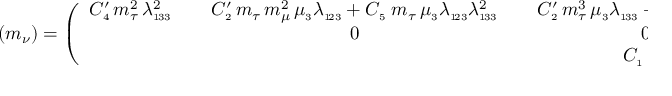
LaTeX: ( m _ { \nu } ) = \left( \begin{array} { c c c } { { C _ { \scriptscriptstyle 4 } ^ { \prime } \, m _ { \tau } ^ { 2 } \, \lambda _ { \scriptscriptstyle 1 \! 3 3 } ^ { 2 } \; \; } } & { { \; \; C _ { \scriptscriptstyle 2 } ^ { \prime } \, m _ { \tau } \, m _ { \mu } ^ { 2 } \, \mu _ { \scriptscriptstyle 3 } \lambda _ { \scriptscriptstyle 1 \! 2 3 } + C _ { \scriptscriptstyle 5 } \; m _ { \tau } \, \mu _ { \scriptscriptstyle 3 } \lambda _ { \scriptscriptstyle 1 \! 2 3 } \lambda _ { \scriptscriptstyle 1 \! 3 3 } ^ { 2 } \; \; } } & { { \; \; C _ { \scriptscriptstyle 2 } ^ { \prime } \, m _ { \tau } ^ { 3 } \, \mu _ { \scriptscriptstyle 3 } \lambda _ { \scriptscriptstyle 1 \! 3 3 } + C _ { \scriptscriptstyle 5 } \; m _ { \tau } \, \mu _ { \scriptscriptstyle 3 } \lambda _ { \scriptscriptstyle 1 \! 3 3 } ^ { 3 } } } \\ { { } } & { { 0 } } & { { 0 } } \\ { { } } & { { } } & { { C _ { \scriptscriptstyle 1 } \; \mu _ { \scriptscriptstyle 3 } ^ { 2 } } } \end{array} \right) \; ,